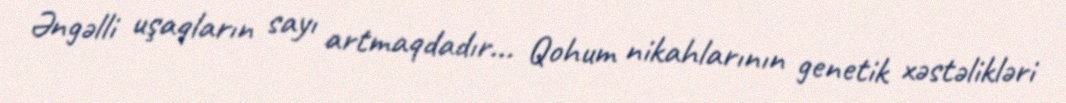
Əngəlli uşaqların sayı artmaqdadır... Qohum nikahlarının genetik xəstəlikləri